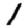
Digit: 1